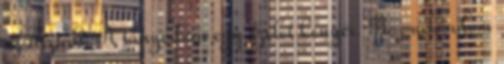
az asztalt. A tányérban egy szelet kenyér. No, nekiadom